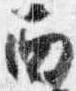
西